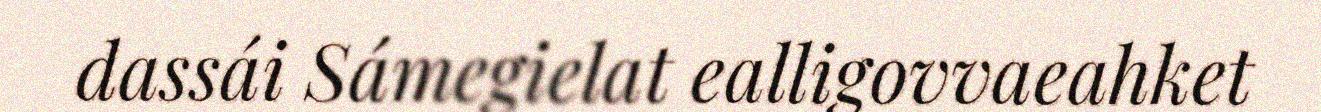
dassái Sámegielat ealligovvaeahket